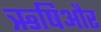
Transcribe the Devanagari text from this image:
ऋषिऔर